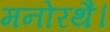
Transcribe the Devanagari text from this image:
मनोरथै।